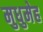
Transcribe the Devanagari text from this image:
मुधुमेह